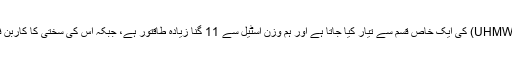
اینڈیومیکس-ٹیپ پولیتھلین (UHMWPE) کی ایک خاص قسم سے تیار کیا جاتا ہے اور ہم وزن اسٹیل سے 11 گنا زیادہ طاقتور ہے، جبکہ اس کی سختی کا کاربن فائبر سے تقابل کیا جا سکتا ہے۔